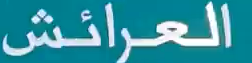
العرائش